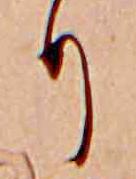
り